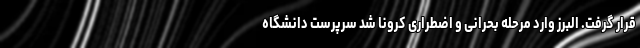
قرار گرفت. البرز وارد مرحله بحرانی و اضطراری کرونا شد سرپرست دانشگاه